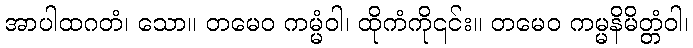
အာပါထဂတံ၊ သော။ တမေဝ ကမ္မံဝါ၊ ထိုကံကို၎င်း။ တမေဝ ကမ္မနိမိတ္တံဝါ၊